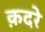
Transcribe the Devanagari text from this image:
क़दरे